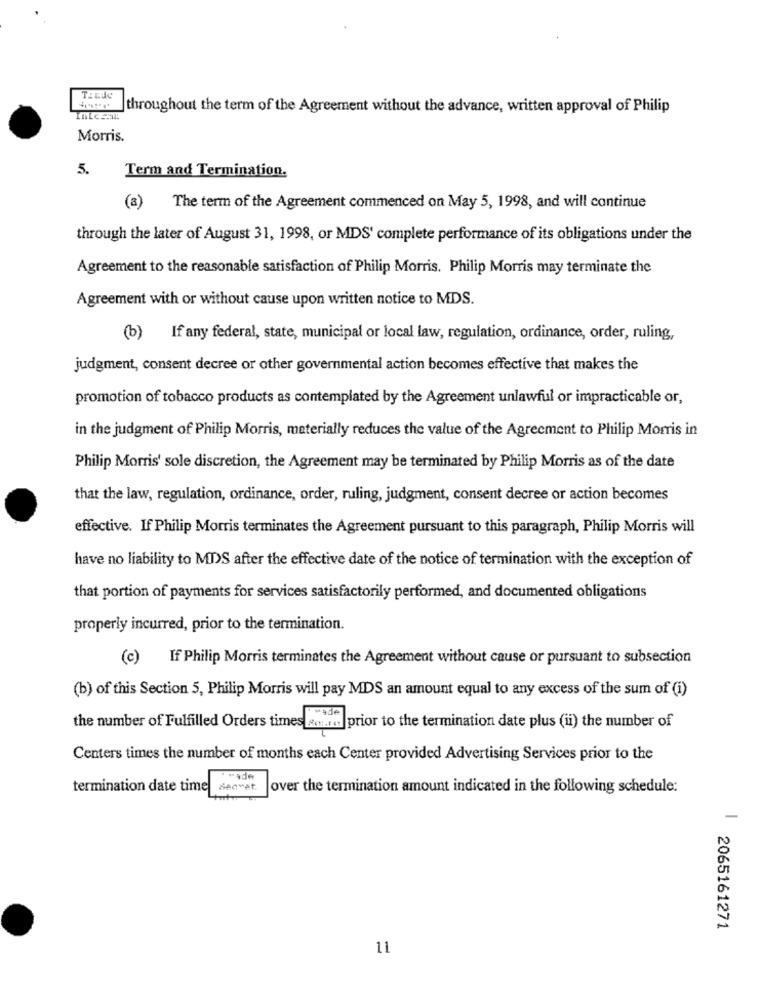
throughout the term of the Agreement without the advance, written approval of Philip
Morris.
Term and Termination.
5.
(a)
The term of the Agreement commenced on May 5, 1998, and will continue
through the later of August 31, 1998, or MDS' complete performance of its obligations under the
Agreement to the reasonable satisfaction of Philip Morris. Philip Morris may terminate the
Agreement with or without cause upon written notice to MDS.
(b) If any federal, state, municipal or local law, regulation, ordinance, order, ruling,
judgment, consent decree or other governmental action becomes effective that makes the
promotion of tobacco products as contemplated by the Agreement unlawful or impracticable or,
in the judgment of Philip Morris, materially reduces the value of the Agreement to Philip Morris in
Philip Morris' sole discretion, the Agreement may be terminated by Philip Morris as of the date
that the law, regulation, ordinance, order, ruling, judgment, consent decree or action becomes
effective. If Philip Morris terminates the Agreement pursuant to this paragraph, Philip Morris will
have no liability to MIS after the effective date of the notice of termination with the exception of
that portion of payments for services satisfactorily performed, and documented obligations
properly incurred, prior to the termination.
(c) If Philip Morris terminates the Agreement without cause or pursuant to subsection
(b) of this Section 5, Philip Morris will pay MDS an amount equal to any excess of the sum of (i)
the number of Fulfilled Orders times scared prior to the termination date plus (ii) the number of
Centers times the number of months each Center provided Advertising Services prior to the
. wade
termination date time
Becvet.
over the termination amount indicated in the following schedule:
-
2065161271
11